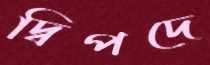
দ্বিপদে